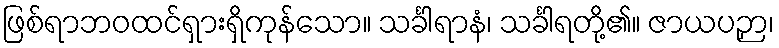
ဖြစ်ရာဘဝထင်ရှားရှိကုန်သော။ သင်္ခါရာနံ၊ သင်္ခါရတို့၏။ ဇာယပဉှာ၊